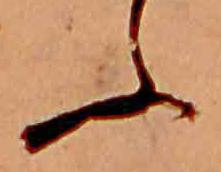
ふ